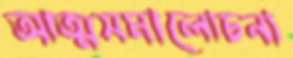
আত্মসমালোচনা